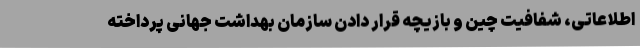
اطلاعاتی، شفافیت چین و بازیچه قرار دادن سازمان بهداشت جهانی پرداخته